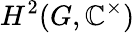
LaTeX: H^{2}(G,\mathbb{C}^{\times})